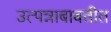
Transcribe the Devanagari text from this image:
उत्पन्नाबाबतीत